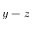
y - z